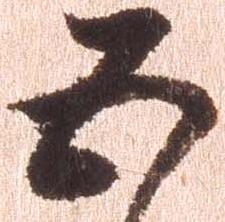
五